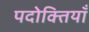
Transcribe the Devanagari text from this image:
पदोक्तियाँ